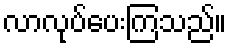
လာလုပ်ပေးကြသည်။